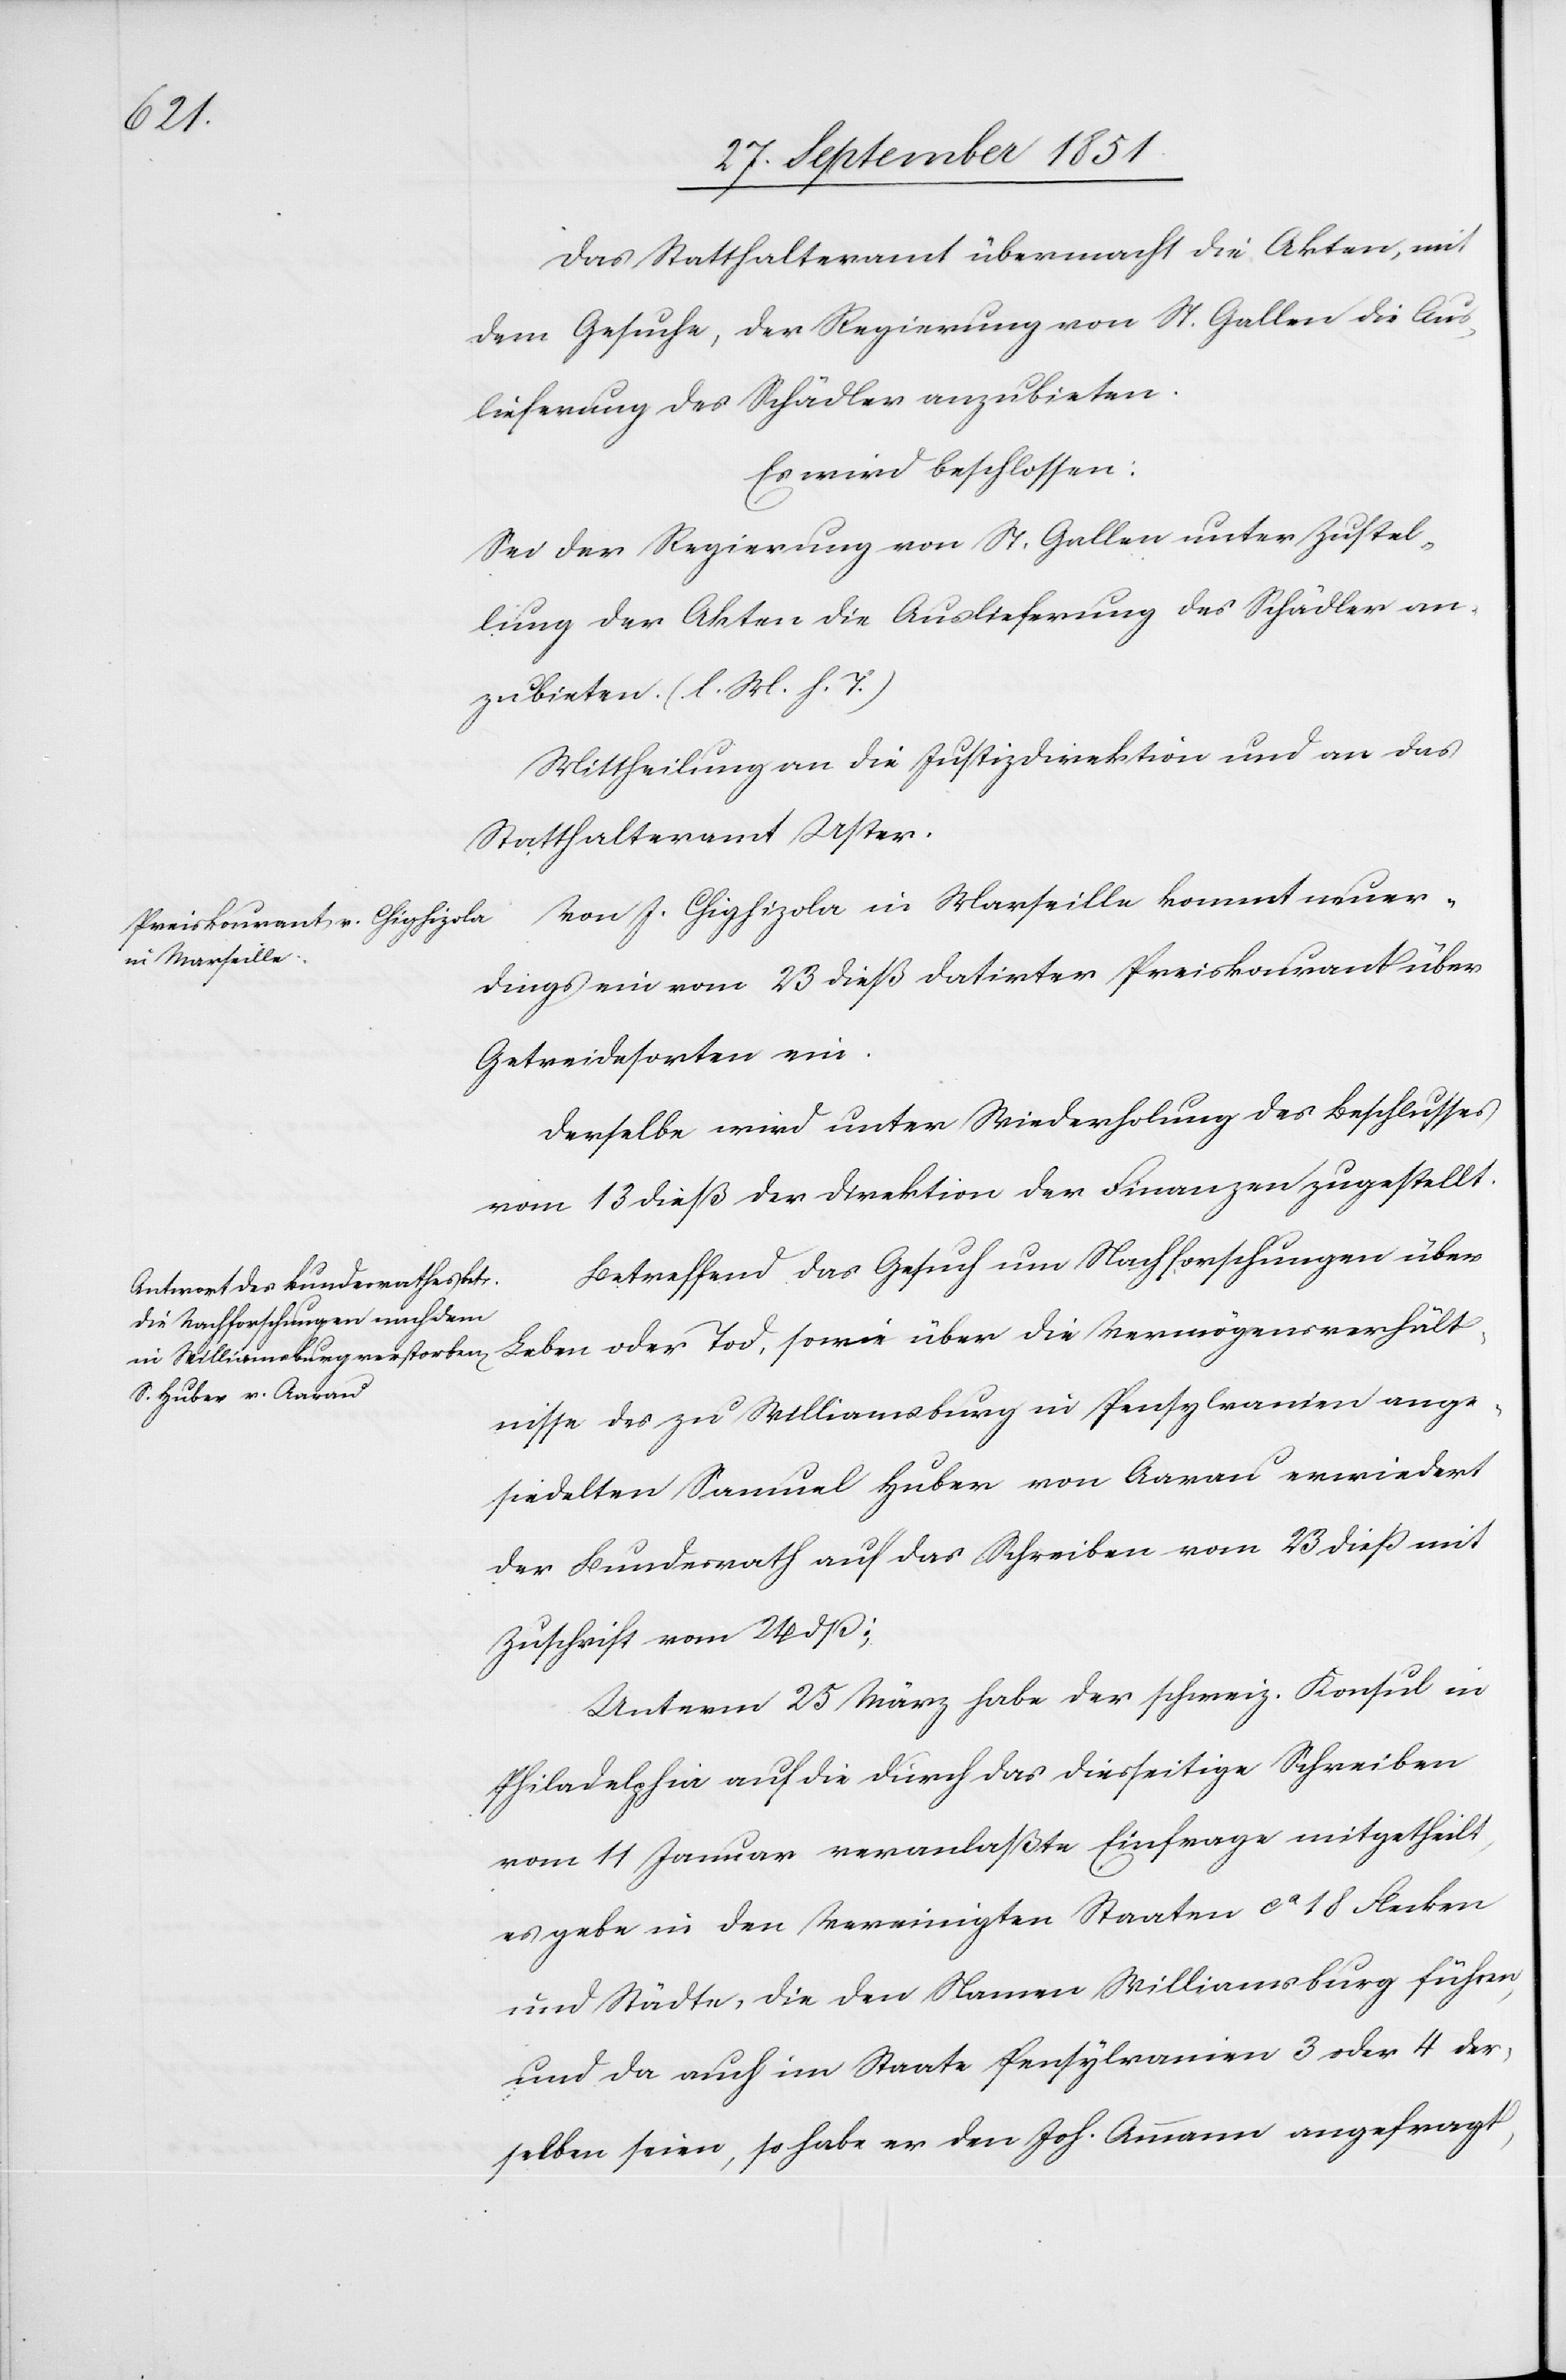
Das Statthalteramt übermacht die Akten, mit
dem Gesuche, der Regierung von St. Gallen die Aus¬
lieferung des Schädler anzubieten.
Es wird beschlossen.
Sei der Regierung von St. Gallen unter Zustel¬
lung der Akten die Auslieferung des Schädler an¬
zubieten. (l. M. h. T.)
Mittheilung an die Justizdirektion und an das
Statthalteramt Uster.
Von J. Chighizola in Marseille kommt neuer¬
dings ein vom 23 dieß datirter Preiskourant über
Getreidesorten ein.
Derselbe wird unter Wiederholung des Beschlusses
vom 13 dieß der Direktion der Finanzen zugestellt.
Betreffend das Gesuch um Nachforschungen über
Leben oder Tod, sowie über die Vermögensverhält¬
nisse des zu Williamsburg in Pensylvanien ange¬
siedelten Samuel Huber von Aarau erwiedert
der Bundesrath auf das Schreiben vom 23 dieß mit
Zuschrift vom 24 dß:
Unterm 25 März habe der schweiz. Konsul in
Philadelphia auf die durch das diesseitige Schreiben
vom 11 Januar veranlaßte Einfrage mitgetheilt,
es gebe in den Vereinigten Staaten ca 18 Flecken
und Städte, die den Namen Williamsburg führen,
und da auch im Staate Pensylvanien 3 oder 4 der¬
selben seien, so habe er den Joh. Ammann angefragt,